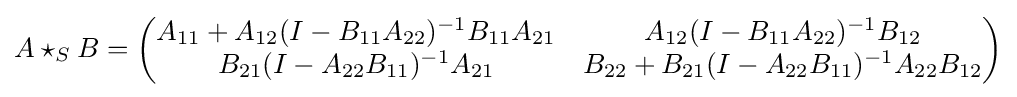
A\star _{S}B={\begin{pmatrix}A_{11}+A_{12}(I-B_{11}A_{22})^{-1}B_{11}A_{21}&A_{12}(I-B_{11}A_{22})^{-1}B_{12}\\B_{21}(I-A_{22}B_{11})^{-1}A_{21}&B_{22}+B_{21}(I-A_{22}B_{11})^{-1}A_{22}B_{12}\end{pmatrix}}